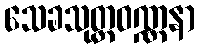
သေခသုတ္တဝဏ္ဏနာ